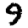
Digit: 9